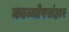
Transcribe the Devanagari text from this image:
काव्योपसंहार